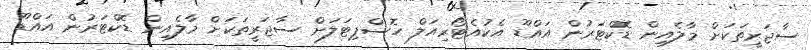
ސާޖަރީތަކަށް މާލެއިން ޑޮކްޓަރުން އައްޑޫ އެކުއެޓޯރިއަލް ހޮސްޕިޓަލަށް ސާޖަރީތަކަށް މާލެއިން ޑޮކްޓަރުން އައްޑޫ